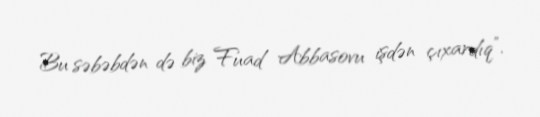
Bu səbəbdən də biz Fuad Abbasovu işdən çıxardıq”.